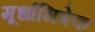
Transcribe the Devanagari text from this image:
मूर्धाभिषेक